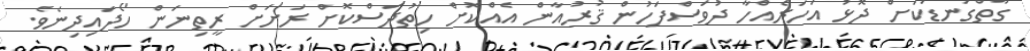
ގާތްގަނޑަކަށް ދޮޅު އަހަރެއްހާ ދުވަސްފަހުން ޤުރުއާން އެއްކޮށް ހިތުދަސްކޮށް ރަށަށް ރީތިނަން ހޯދައިދިނެވެ.